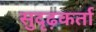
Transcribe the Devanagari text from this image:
सुदृढ़कर्ता